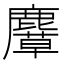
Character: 𪋛